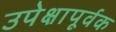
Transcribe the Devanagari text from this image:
उपेक्षापूर्वक